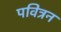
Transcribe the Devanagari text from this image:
पवित्रन